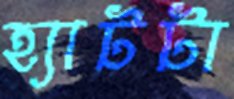
হ্যাটটা